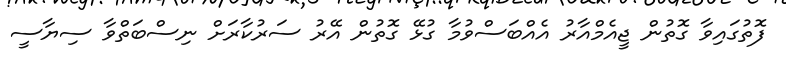
ފޮތުގައިވާ ގޮތުން ޖީއެމްއާރު އެއްބަސްވުމާ ގުޅޭ ގޮތުން އޭރު ސަރުކާރަށް ނިސްބަތްވާ ސިޔާސީ